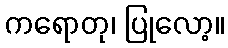
ကရောတု၊ ပြုလော့။